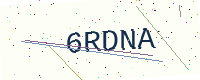
Text: 6RDNA